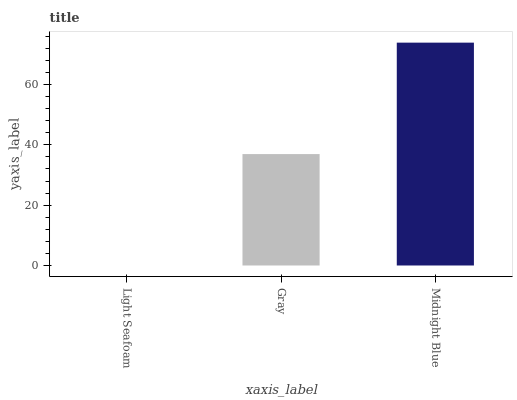
| xaxis_label | bars |
 | --- | --- |
 | Light Seafoam | 0 |
 | Gray | 36.9 |
 | Midnight Blue | 73.9 |